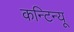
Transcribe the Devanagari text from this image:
कन्टिन्यू